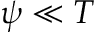
{ \psi } \ll T